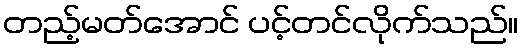
တည့်မတ်အောင် ပင့်တင်လိုက်သည်။